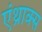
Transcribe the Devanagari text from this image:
एंथ्राक्स